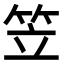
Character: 笠